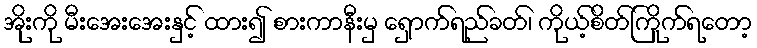
အိုးကို မီးအေးအေးနှင့် ထား၍ စားကာနီးမှ ရှောက်ရည်ခတ်၊ ကိုယ့်စိတ်ကြိုက်ရတော့